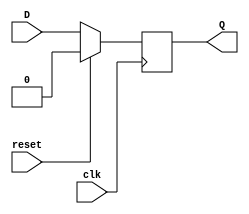
module d_flipflop(
    input wire D,
    input wire clk,
    input wire reset,
    output reg Q
);

always @(posedge clk) begin
    if (reset) begin
        Q <= 1'b0;
    end else begin
        Q <= D;
    end
end

endmodule